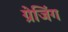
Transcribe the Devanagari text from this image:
ग्रेजिंग